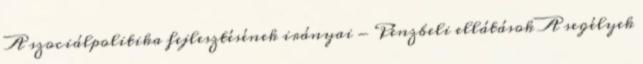
A szociálpolitika fejlesztésének irányai - Pénzbeli ellátások A segélyek